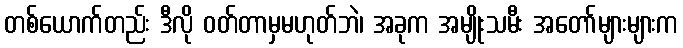
တစ်ယောက်တည်း ဒီလို ဝတ်တာမှမဟုတ်ဘဲ၊ အခုက အမျိုးသမီး အတော်များများက